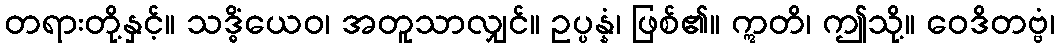
တရားတို့နှင့်။ သဒ္ဓိံယေဝ၊ အတူသာလျှင်။ ဥပ္ပန္နံ၊ ဖြစ်၏။ ဣတိ၊ ဤသို့။ ဝေဒိတဗ္ဗံ၊